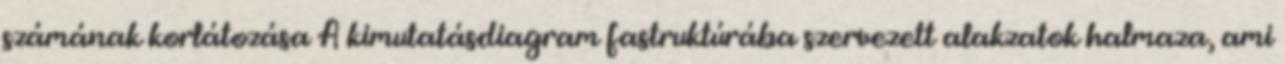
számának korlátozása A kimutatásdiagram fastruktúrába szervezett alakzatok halmaza, ami